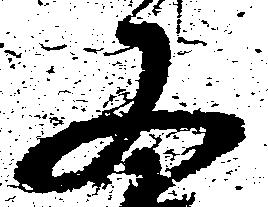
又